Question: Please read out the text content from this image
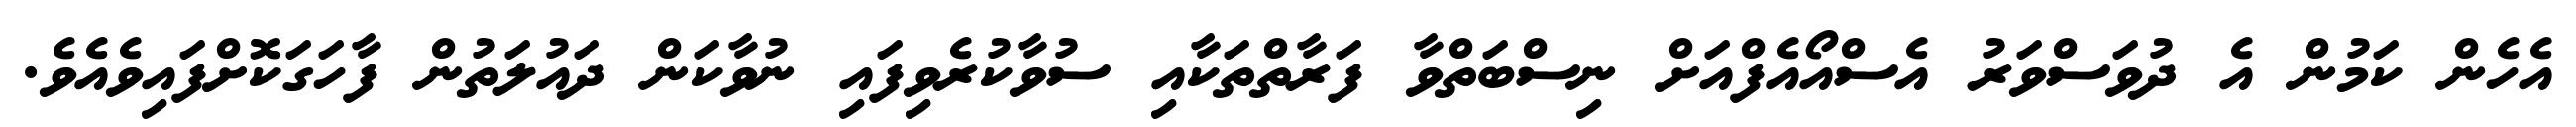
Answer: އެހެން ކަމުން އެ ދުވަސްވަރު އެސްއޯއެފްއަށް ނިސްބަތްވާ ފަރާތްތަކާއި ސުވާކުރެވިފައި ނުވާކަން ދައުލަތުން ފާހަގަކޮށްފައިވެއެވެ.